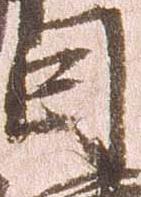
因